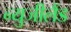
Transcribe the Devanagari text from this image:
न्युजीलैंड